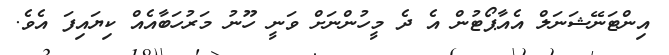
އިންޓަނޭޝަނަލް އެއާޕޯޓުން އެ ދެ މީހުންނަށް ވަނީ ހޫނު މަރުހަބާއެއް ކިޔައިފަ އެވެ.